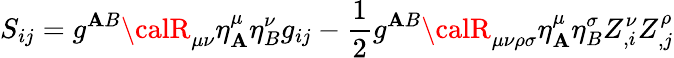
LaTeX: S_{ij}=g^{\mathbf{A}B}{\calR}_{\mu\nu}\eta_{\mathbf{A}}^{\mu}\eta_{B}^{\nu}g_{ij}-\frac{{1}}{{2}}g^{\mathbf{A}B}{\calR}_{\mu\nu\rho\sigma}\eta_{\mathbf{A}}^{\mu}\eta_{B}^{\sigma}Z_{,i}^{\nu}Z_{,j}^{\rho}